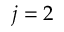
j = 2